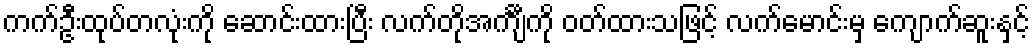
ကက်ဦးထုပ်တလုံးကို ဆောင်းထားပြီး လက်တိုအင်္ကျီကို ဝတ်ထားသဖြင့် လက်မောင်းမှ ကျောက်ဆူးနှင့်